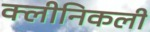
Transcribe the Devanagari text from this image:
क्लीनिकली